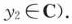
y_{2} \in C).